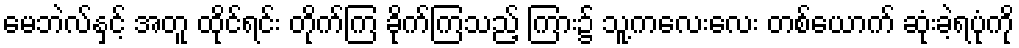
မေဘဲလ်နှင့် အတူ ထိုင်ရင်း တိုက်ကြ ခိုက်ကြသည့် ကြား၌ သူ့ကလေးလေး တစ်ယောက် ဆုံးခဲ့ရပုံကို